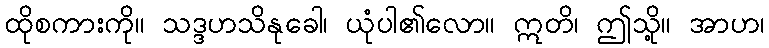
ထိုစကားကို။ သဒ္ဒဟသိနုခေါ၊ ယုံပါ၏လော။ ဣတိ၊ ဤသို့။ အာဟ၊